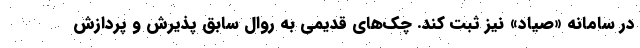
در سامانه «صیاد» نیز ثبت کند. چک‌های قدیمی به روال سابق پذیرش و پردازش